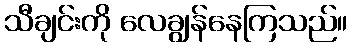
သီချင်းကို လေချွန်နေကြသည်။